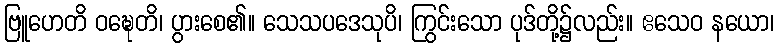
ဗြူဟေတိ ဝဍ္ဎေတိ၊ ပွားစေ၏။ သေသပဒေသုပိ၊ ကြွင်းသော ပုဒ်တို့၌လည်း။ ဧသေဝ နယော၊